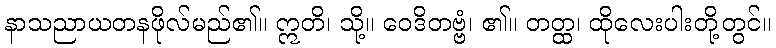
နာသညာယတနဖိုလ်မည်၏။ ဣတိ၊ သို့။ ဝေဒိတဗ္ဗံ၊ ၏။ တတ္ထ၊ ထိုလေးပါးတို့တွင်။